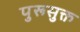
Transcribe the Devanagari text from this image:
पुरूसुक्त